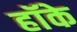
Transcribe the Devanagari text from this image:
हॉके